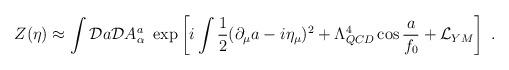
LaTeX: \begin{align*}Z(\eta) \approx \int {\cal D} a {\cal D} A_\alpha^a\ \exp \left[i \int{1\over 2} (\partial _\mu a -i \eta_\mu )^2 + \Lambda^4_{QCD} \cos {a\over f_0} + {\cal L}_{YM} \right] \ .\end{align*}